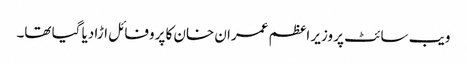
ویب سائٹ پر وزیر اعظم عمران خان کا پروفائل اڑا دیا گیا تھا۔